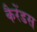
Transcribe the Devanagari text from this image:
कैरेंडस